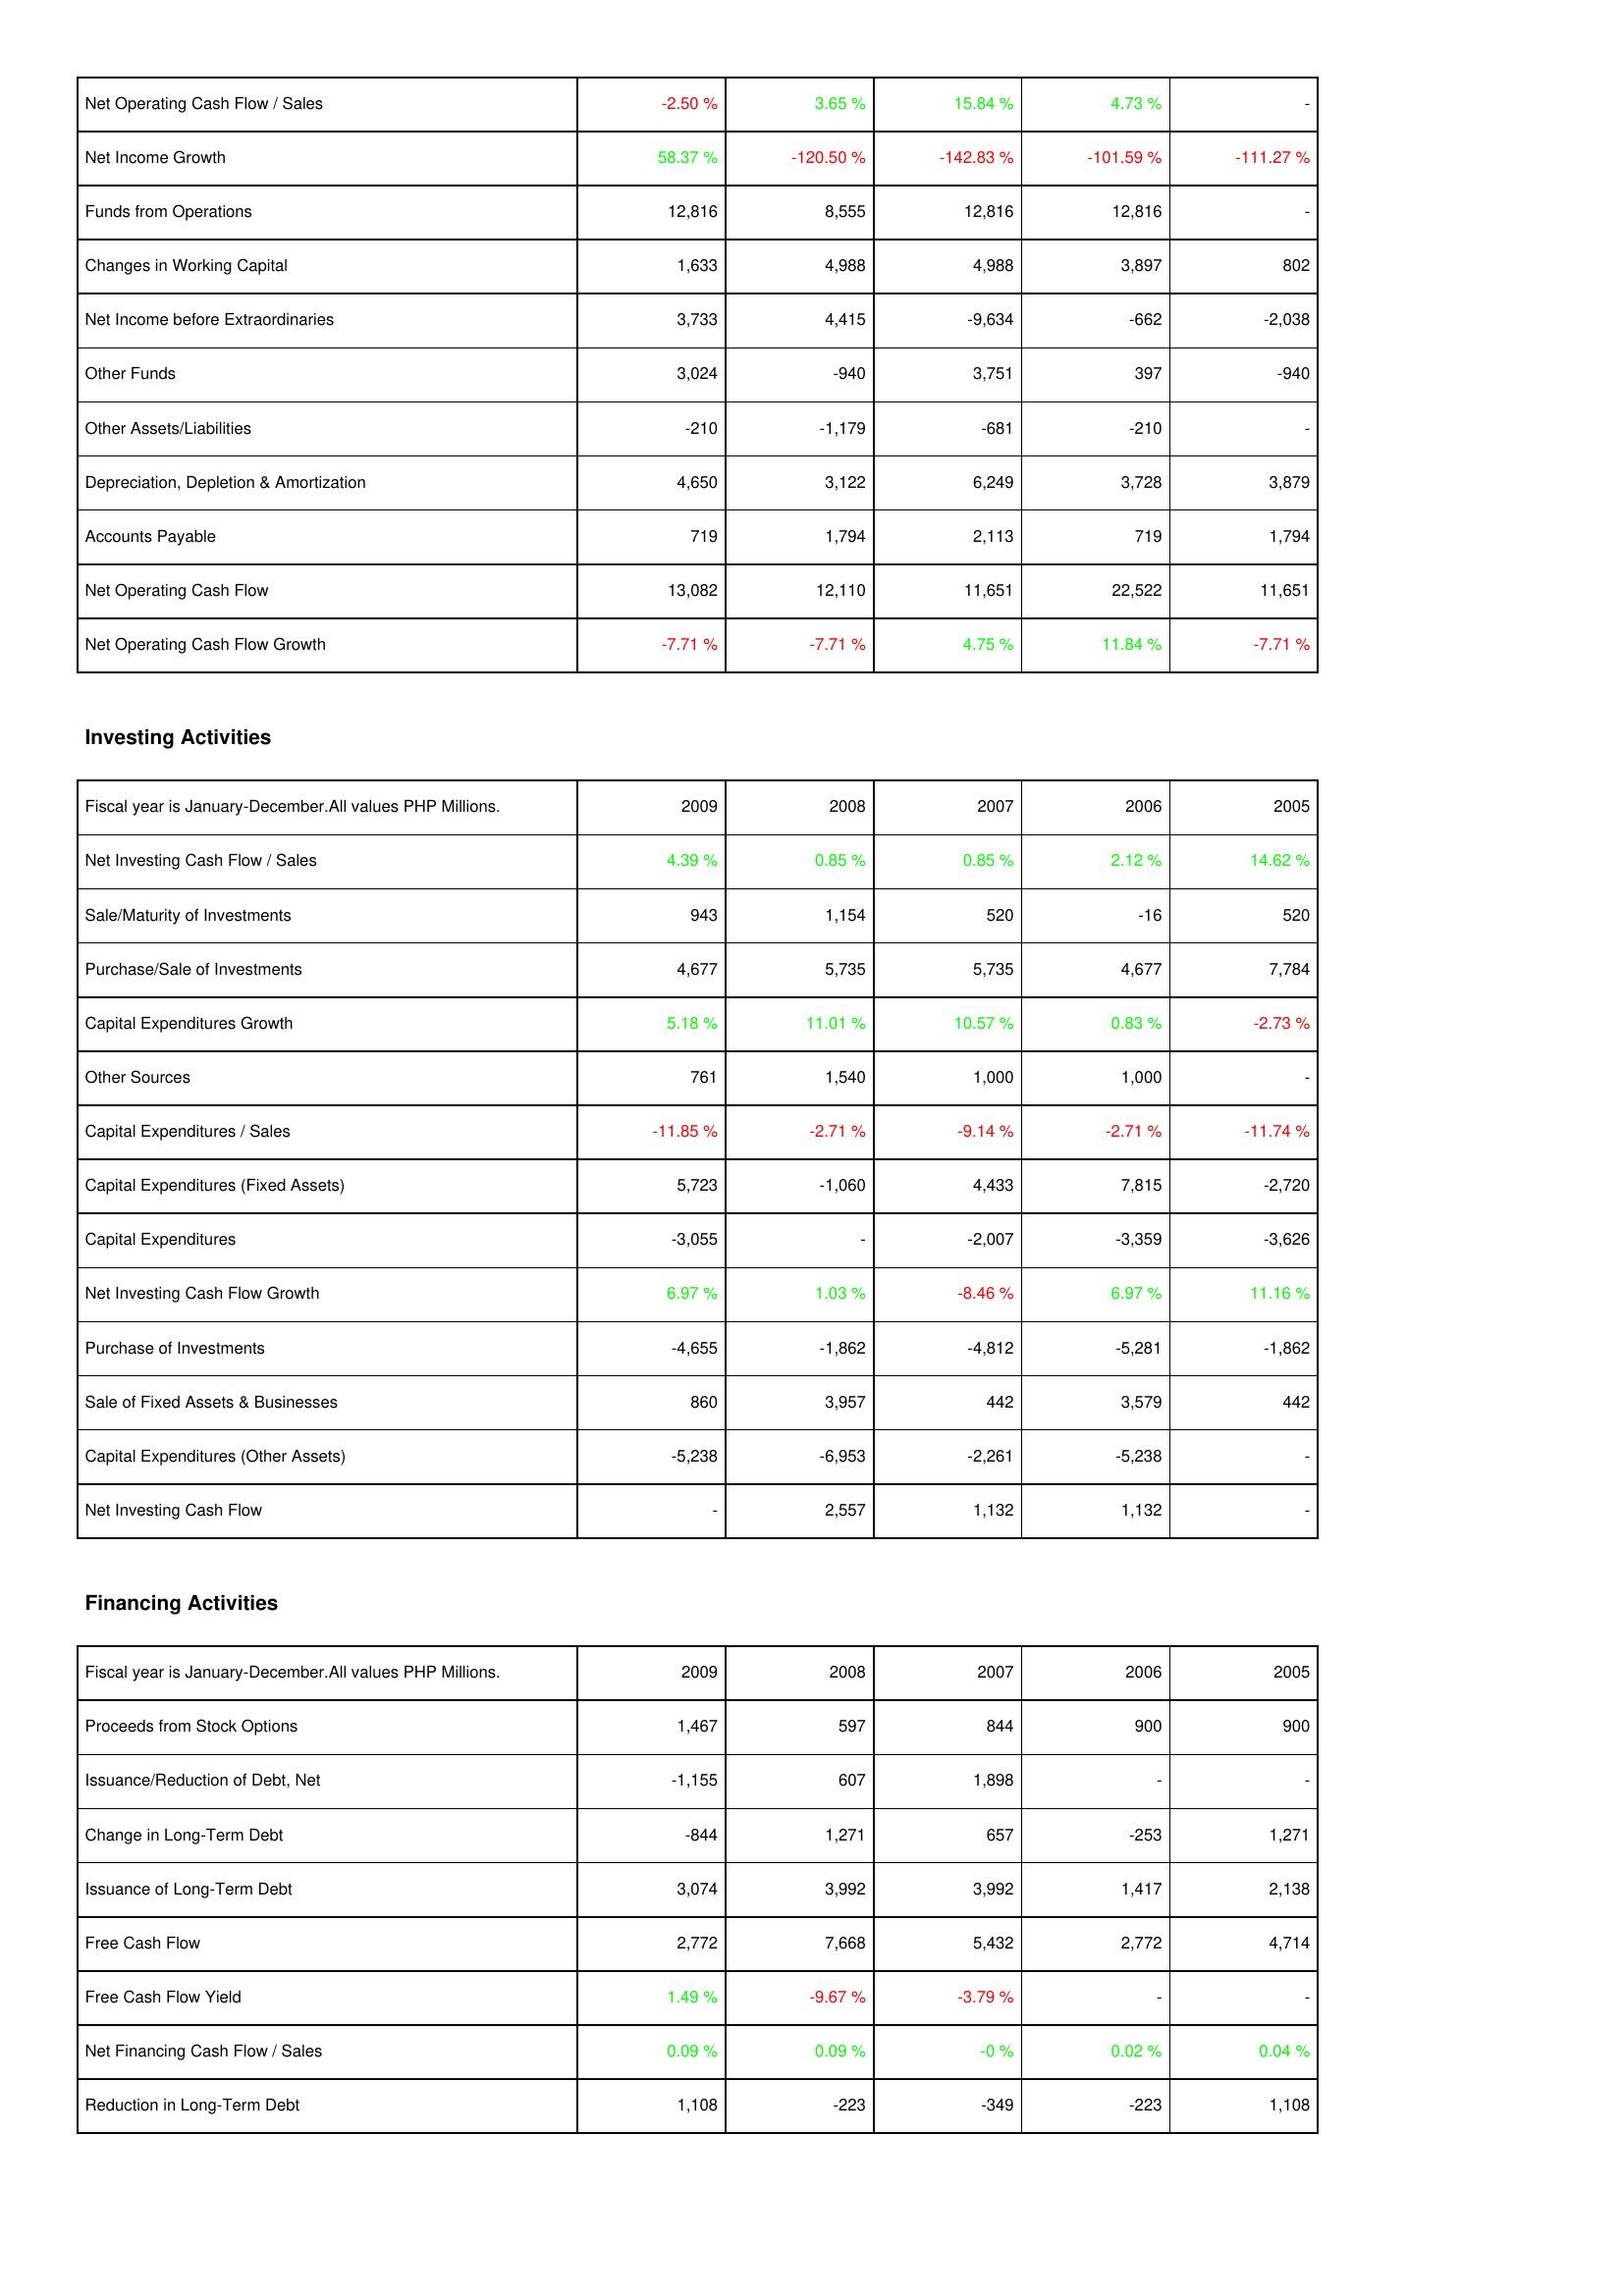
2009: Operating Activities: Net Operating Cash Flow / Sales: -2.50 %
Net Income Growth: 58.37 %
Funds from Operations: 12,816
Changes in Working Capital: 1,633
Net Income before Extraordinaries: 3,733
Other Funds: 3,024
Other Assets/Liabilities: -210
Depreciation, Depletion & Amortization: 4,650
Accounts Payable: 719
Net Operating Cash Flow: 13,082
Net Operating Cash Flow Growth: -7.71 %
Investing Activities: Net Investing Cash Flow / Sales: 4.39 %
Sale/Maturity of Investments: 943
Purchase/Sale of Investments: 4,677
Capital Expenditures Growth: 5.18 %
Other Sources: 761
Capital Expenditures / Sales: -11.85 %
Capital Expenditures (Fixed Assets): 5,723
Capital Expenditures: -3,055
Net Investing Cash Flow Growth: 6.97 %
Purchase of Investments: -4,655
Sale of Fixed Assets & Businesses: 860
Capital Expenditures (Other Assets): -5,238
Net Investing Cash Flow: -
Financing Activities: Proceeds from Stock Options: 1,467
Issuance/Reduction of Debt, Net: -1,155
Change in Long-Term Debt: -844
Issuance of Long-Term Debt: 3,074
Free Cash Flow: 2,772
Free Cash Flow Yield: 1.49 %
Net Financing Cash Flow / Sales: 0.09 %
Reduction in Long-Term Debt: 1,108
2008: Operating Activities: Net Operating Cash Flow / Sales: 3.65 %
Net Income Growth: -120.50 %
Funds from Operations: 8,555
Changes in Working Capital: 4,988
Net Income before Extraordinaries: 4,415
Other Funds: -940
Other Assets/Liabilities: -1,179
Depreciation, Depletion & Amortization: 3,122
Accounts Payable: 1,794
Net Operating Cash Flow: 12,110
Net Operating Cash Flow Growth: -7.71 %
Investing Activities: Net Investing Cash Flow / Sales: 0.85 %
Sale/Maturity of Investments: 1,154
Purchase/Sale of Investments: 5,735
Capital Expenditures Growth: 11.01 %
Other Sources: 1,540
Capital Expenditures / Sales: -2.71 %
Capital Expenditures (Fixed Assets): -1,060
Capital Expenditures: -
Net Investing Cash Flow Growth: 1.03 %
Purchase of Investments: -1,862
Sale of Fixed Assets & Businesses: 3,957
Capital Expenditures (Other Assets): -6,953
Net Investing Cash Flow: 2,557
Financing Activities: Proceeds from Stock Options: 597
Issuance/Reduction of Debt, Net: 607
Change in Long-Term Debt: 1,271
Issuance of Long-Term Debt: 3,992
Free Cash Flow: 7,668
Free Cash Flow Yield: -9.67 %
Net Financing Cash Flow / Sales: 0.09 %
Reduction in Long-Term Debt: -223
2007: Operating Activities: Net Operating Cash Flow / Sales: 15.84 %
Net Income Growth: -142.83 %
Funds from Operations: 12,816
Changes in Working Capital: 4,988
Net Income before Extraordinaries: -9,634
Other Funds: 3,751
Other Assets/Liabilities: -681
Depreciation, Depletion & Amortization: 6,249
Accounts Payable: 2,113
Net Operating Cash Flow: 11,651
Net Operating Cash Flow Growth: 4.75 %
Investing Activities: Net Investing Cash Flow / Sales: 0.85 %
Sale/Maturity of Investments: 520
Purchase/Sale of Investments: 5,735
Capital Expenditures Growth: 10.57 %
Other Sources: 1,000
Capital Expenditures / Sales: -9.14 %
Capital Expenditures (Fixed Assets): 4,433
Capital Expenditures: -2,007
Net Investing Cash Flow Growth: -8.46 %
Purchase of Investments: -4,812
Sale of Fixed Assets & Businesses: 442
Capital Expenditures (Other Assets): -2,261
Net Investing Cash Flow: 1,132
Financing Activities: Proceeds from Stock Options: 844
Issuance/Reduction of Debt, Net: 1,898
Change in Long-Term Debt: 657
Issuance of Long-Term Debt: 3,992
Free Cash Flow: 5,432
Free Cash Flow Yield: -3.79 %
Net Financing Cash Flow / Sales: -0 %
Reduction in Long-Term Debt: -349
2006: Operating Activities: Net Operating Cash Flow / Sales: 4.73 %
Net Income Growth: -101.59 %
Funds from Operations: 12,816
Changes in Working Capital: 3,897
Net Income before Extraordinaries: -662
Other Funds: 397
Other Assets/Liabilities: -210
Depreciation, Depletion & Amortization: 3,728
Accounts Payable: 719
Net Operating Cash Flow: 22,522
Net Operating Cash Flow Growth: 11.84 %
Investing Activities: Net Investing Cash Flow / Sales: 2.12 %
Sale/Maturity of Investments: -16
Purchase/Sale of Investments: 4,677
Capital Expenditures Growth: 0.83 %
Other Sources: 1,000
Capital Expenditures / Sales: -2.71 %
Capital Expenditures (Fixed Assets): 7,815
Capital Expenditures: -3,359
Net Investing Cash Flow Growth: 6.97 %
Purchase of Investments: -5,281
Sale of Fixed Assets & Businesses: 3,579
Capital Expenditures (Other Assets): -5,238
Net Investing Cash Flow: 1,132
Financing Activities: Proceeds from Stock Options: 900
Issuance/Reduction of Debt, Net: -
Change in Long-Term Debt: -253
Issuance of Long-Term Debt: 1,417
Free Cash Flow: 2,772
Free Cash Flow Yield: -
Net Financing Cash Flow / Sales: 0.02 %
Reduction in Long-Term Debt: -223
2005: Operating Activities: Net Operating Cash Flow / Sales: -
Net Income Growth: -111.27 %
Funds from Operations: -
Changes in Working Capital: 802
Net Income before Extraordinaries: -2,038
Other Funds: -940
Other Assets/Liabilities: -
Depreciation, Depletion & Amortization: 3,879
Accounts Payable: 1,794
Net Operating Cash Flow: 11,651
Net Operating Cash Flow Growth: -7.71 %
Investing Activities: Net Investing Cash Flow / Sales: 14.62 %
Sale/Maturity of Investments: 520
Purchase/Sale of Investments: 7,784
Capital Expenditures Growth: -2.73 %
Other Sources: -
Capital Expenditures / Sales: -11.74 %
Capital Expenditures (Fixed Assets): -2,720
Capital Expenditures: -3,626
Net Investing Cash Flow Growth: 11.16 %
Purchase of Investments: -1,862
Sale of Fixed Assets & Businesses: 442
Capital Expenditures (Other Assets): -
Net Investing Cash Flow: -
Financing Activities: Proceeds from Stock Options: 900
Issuance/Reduction of Debt, Net: -
Change in Long-Term Debt: 1,271
Issuance of Long-Term Debt: 2,138
Free Cash Flow: 4,714
Free Cash Flow Yield: -
Net Financing Cash Flow / Sales: 0.04 %
Reduction in Long-Term Debt: 1,108